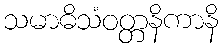
သမာဓိသံဝတ္တနိကာနိ